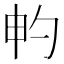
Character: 畃